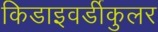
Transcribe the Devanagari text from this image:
किडाइवर्डीकुलर